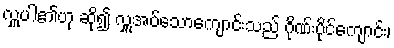
လှူပါ၏ဟု ဆို၍ လှူအပ်သောကျောင်းသည် ဂိုဏ်းပိုင်ကျောင်း၊